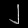
Digit: ၂